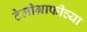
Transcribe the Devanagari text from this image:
टेलीग्राफीच्या